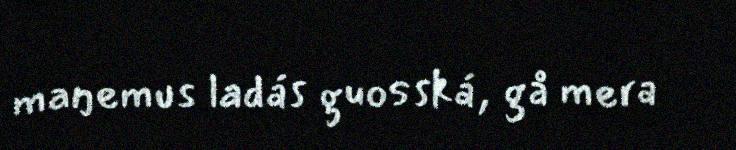
maŋemus ladás guosská, gå mera